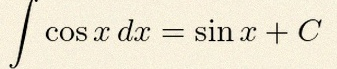
\int \cos x\,dx=\sin x+C